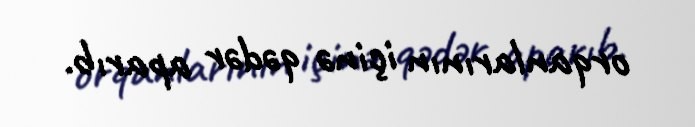
orqanlarının içinə qədər aparıb.